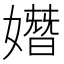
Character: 𡡖